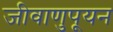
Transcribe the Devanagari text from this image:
जीवाणुपूयन